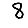
Digit: 8